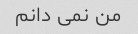
من نمی دانم